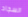
السجاد